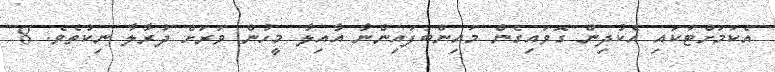
އެކަމަށްޓަކައި އެކުދިން ގޮވައިގެން މައިންބަފައިންނާ އާއިލާ މީހުން ވަރަށް ދުރާލާ ނިކުތެވެ. 8